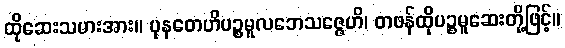
ထိုဆေးသမားအား။ ပုနတေဟိပဉ္စမူလဘေသဇ္ဇေဟိ၊ တဖန်ထိုပဉ္စမူဆေးတို့ဖြင့်။